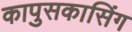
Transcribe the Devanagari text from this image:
कापुसकासिंग